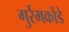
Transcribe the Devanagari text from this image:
गुर्रमकोंडे